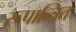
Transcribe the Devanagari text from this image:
रूपान्त्रित